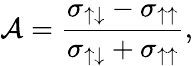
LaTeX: {\cal A}=\displaystyle\frac{\sigma_{\uparrow\downarrow}-\sigma_{\uparrow\uparrow}}{\sigma_{\uparrow\downarrow}+\sigma_{\uparrow\uparrow}},